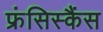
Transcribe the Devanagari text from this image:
फ्रंसिस्कैंस